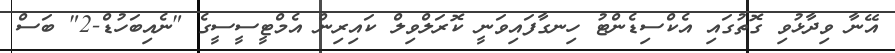
އޭނާ ވިދާޅުވި ގޮތުގައި އެކްސިޑެންޓު ހިނގާފައިވަނީ ކޮރަލްވިލް ކައިރިން އެމްޓީސީސީގެ "ނެއިބަހުޑް-2" ބަސް